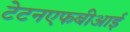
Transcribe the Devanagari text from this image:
टेटनएफबीआई